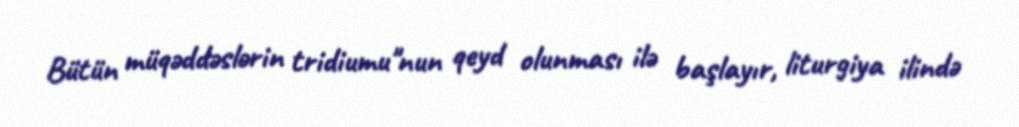
Bütün müqəddəslərin tridiumu"nun qeyd olunması ilə başlayır, liturgiya ilində